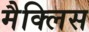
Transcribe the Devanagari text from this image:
मैक्लिस